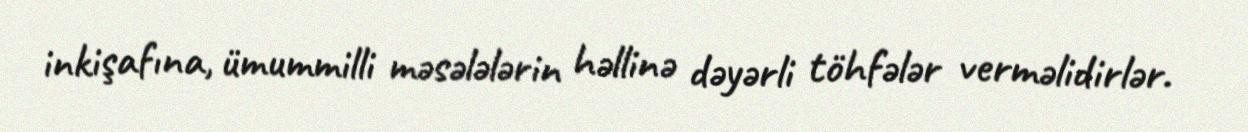
inkişafına, ümummilli məsələlərin həllinə dəyərli töhfələr verməlidirlər.